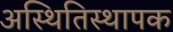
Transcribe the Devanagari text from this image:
अस्थितिस्थापक